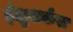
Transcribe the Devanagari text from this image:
ईक्षुशर्करा